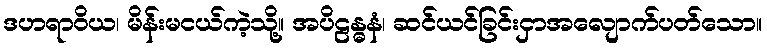
ဒဟရာဝိယ၊ မိန်းမငယ်ကဲ့သို့။ အပိဠန္ဓနံ၊ ဆင်ယင်ခြင်းငှာအလျောက်ပတ်သော။